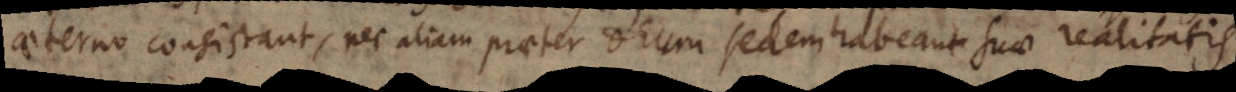
aeterno consistant, nec aliam praeter Deum sedem habeant suae realitatis